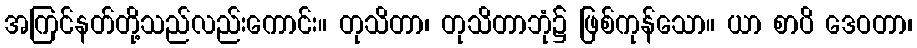
အကြင်နတ်တို့သည်လည်းကောင်း။ တုသိတာ၊ တုသိတာဘုံ၌ ဖြစ်ကုန်သော။ ယာ စာပိ ဒေဝတာ၊